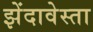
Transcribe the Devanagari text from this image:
झेंदावेस्ता